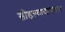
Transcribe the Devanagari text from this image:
सोडल्याकारणान